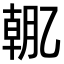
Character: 𫡯